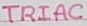
Text: TRIAC